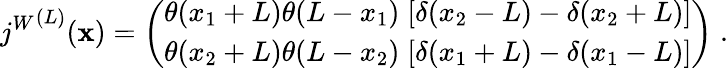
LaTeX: {j^{W}}^{(L)}(\mathbf{x})=\left(\begin{array}{l}{{\theta(x_{1}+L)\theta(L-x_{1})\; [\delta(x_{2}-L)-\delta(x_{2}+L)]}}\\ {{\theta(x_{2}+L)\theta(L-x_{2})\; [\delta(x_{1}+L)-\delta(x_{1}-L)]}}\end{array}\right)\; .